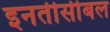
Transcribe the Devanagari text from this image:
इनतीसीबल